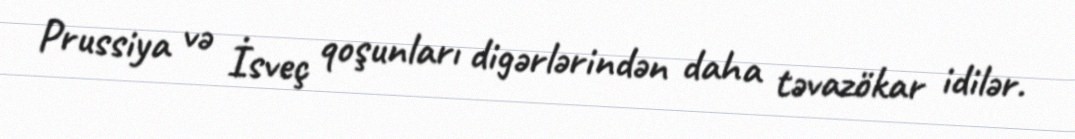
Prussiya və İsveç qoşunları digərlərindən daha təvazökar idilər.